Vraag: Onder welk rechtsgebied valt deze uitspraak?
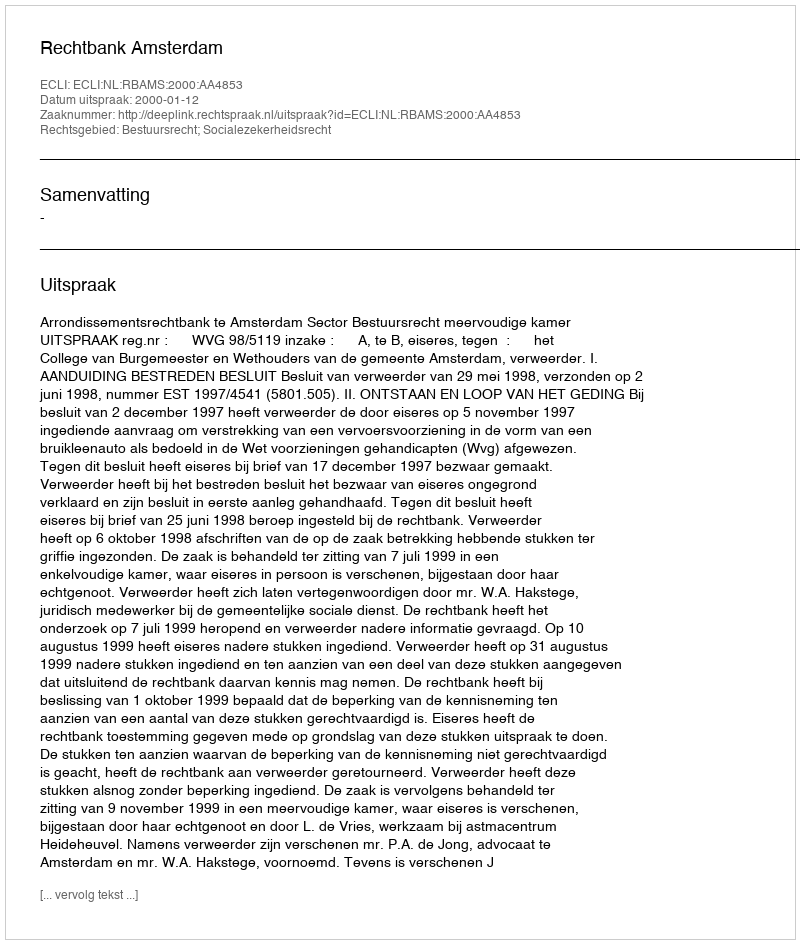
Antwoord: Bestuursrecht; Socialezekerheidsrecht